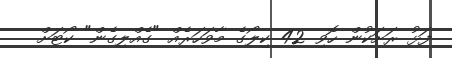
ފަޅު ރަށަކުން ހޮވި 42 ކިލޯގެ މާވަހަރެއް "ގެއްލިގެން" ކޯޓަށް